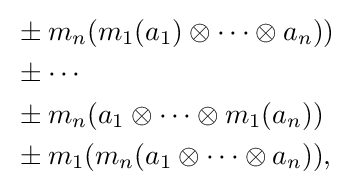
{\begin{aligned}&\pm m_{n}(m_{1}(a_{1})\otimes \cdots \otimes a_{n}))\\&\pm \cdots \\&\pm m_{n}(a_{1}\otimes \cdots \otimes m_{1}(a_{n}))\\&\pm m_{1}(m_{n}(a_{1}\otimes \cdots \otimes a_{n})),\end{aligned}}